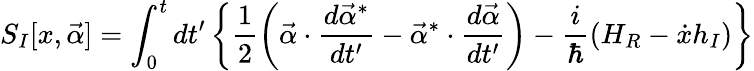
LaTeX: S_{I}[x,\vec{\alpha}]=\int_{0}^{t}{dt^{\prime}}\left\{ \frac{1}{2}\left(\vec{\alpha}\cdot\frac{d\vec{\alpha}^{*}}{dt^{\prime}}-\vec{\alpha}^{*}\cdot\frac{d\vec{\alpha}}{dt^{\prime}}\right)-\frac{i}{\hbar}(H_{R}-\dot{x}h_{I})\right\}